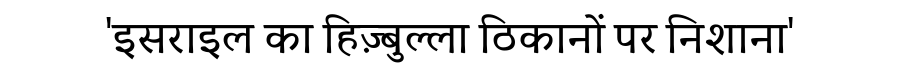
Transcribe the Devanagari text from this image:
'इसराइल का हिज़्बुल्ला ठिकानों पर निशाना'